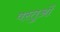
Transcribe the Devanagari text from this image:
वस्तुओें